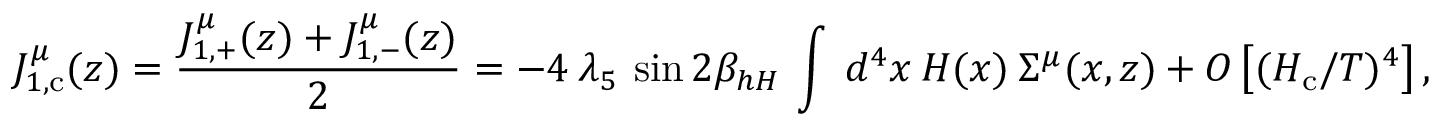
J _ { 1 , \mathrm { c } } ^ { \mu } ( z ) = \frac { J _ { 1 , + } ^ { \mu } ( z ) + J _ { 1 , - } ^ { \mu } ( z ) } { 2 } = - 4 \: \lambda _ { 5 } \: \sin 2 \beta _ { h H } \: \int \: d ^ { 4 } x \: H ( x ) \: \Sigma ^ { \mu } ( x , z ) + { \cal O } \left[ ( H _ { \mathrm { c } } / T ) ^ { 4 } \right] ,